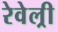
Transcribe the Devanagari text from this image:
रेवेल्री